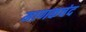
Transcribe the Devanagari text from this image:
माणकचंद